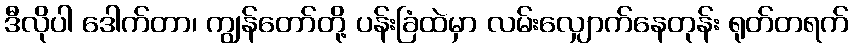
ဒီလိုပါ ဒေါက်တာ၊ ကျွန်တော်တို့ ပန်းခြံထဲမှာ လမ်းလျှောက်နေတုန်း ရုတ်တရက်